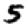
Digit: 5